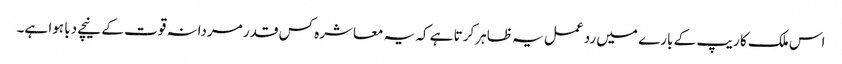
اس ملک کا ریپ کے بارے میں رد عمل یہ ظاہر کرتا ہے کہ یہ معاشرہ کس قدر مردانہ قوت کے نیچے دبا ہوا ہے۔